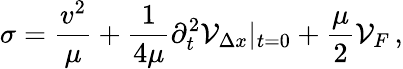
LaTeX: \sigma=\frac{v^{2}}{\mu}+\frac{1}{4\mu}\partial_{t}^{2}{\cal V}_{\Delta x}|_{t=0}+\frac{\mu}{2}{\cal V}_{F}\, ,